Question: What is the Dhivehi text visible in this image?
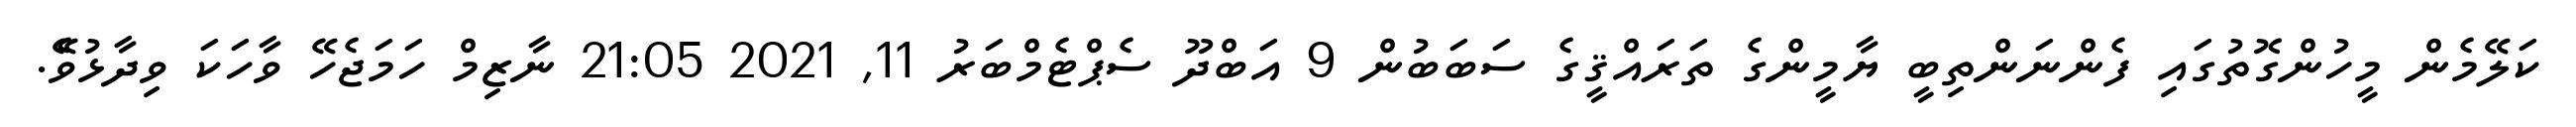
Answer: ކަލޭމެން މީހުންގޮތުގައި ފެންނަންތިބީ ޔާމީންގެ ތަރައްޤީގެ ސަބަބުން 9 އަބްދޫ ސެޕްޓެމްބަރު 11, 2021 21:05 ނާޒިމް ހަމަޖެހޭ ވާހަކަ ވިދާޅުވެޭ.